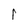
Character: I